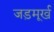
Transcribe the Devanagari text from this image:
जड़मूर्ख